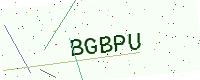
Text: BGBPU